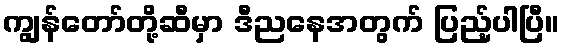
ကျွန်တော်တို့ဆီမှာ ဒီညနေအတွက် ပြည့်ပါပြီ။